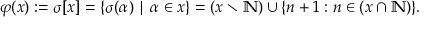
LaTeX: \varphi ( x ) : = \sigma [ x ] = \{ \sigma ( \alpha ) \mid \alpha \in x \} = ( x \smallsetminus \mathbb { N } ) \cup \{ n + 1 : n \in ( x \cap \mathbb { N } ) \} .